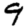
Digit: 9